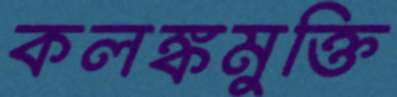
কলঙ্কমুক্তি